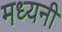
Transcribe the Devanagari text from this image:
मध्यनी